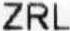
ZRL